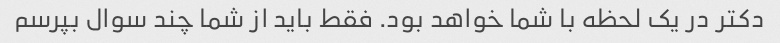
دکتر در یک لحظه با شما خواهد بود. فقط باید از شما چند سوال بپرسم